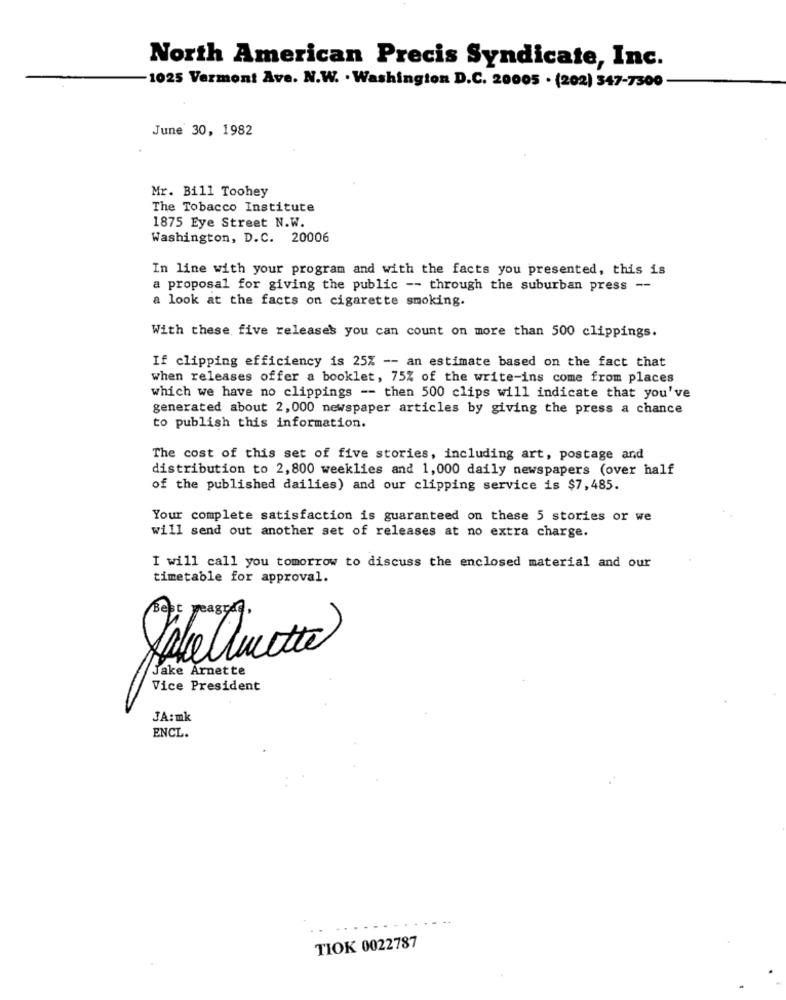
North American Precis Syndicate, Inc.
1025 Vermont Ave. N.W. . Washington D.C. 20005 . (202) 347-7300
June 30, 1982
Mr. Bill Toohey
The Tobacco Institute
1875 Eye Street N.W.
Washington, D.C. 20006
In line with your program and with the facts you presented, this is
a proposal for giving the public -- through the suburban press --
a look at the facts on cigarette smoking.
With these five releases you can count on more than 500 clippings.
If clipping efficiency is 25% -- an estimate based on the fact that
when releases offer a booklet, 75% of the write-ins come from places
which we have no clippings -- then 500 clips will indicate that you've
generated about 2, 000 newspaper articles by giving the press a chance
to publish this information.
The cost of this set of five stories, including art, postage and
distribution to 2,800 weeklies and 1,000 daily newspapers (over half
of the published dailies) and our clipping service is $7,485.
Your complete satisfaction is guaranteed on these 5 stories or we
will send out another set of releases at no extra charge.
I will call you tomorrow to discuss the enclosed material and our
timetable for approval.
Jake Arnette
Vice President
JA: mk
ENCL.
TIOK 0022787